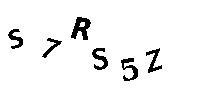
S7RS5Z